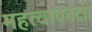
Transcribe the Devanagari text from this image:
महत्वांकाक्षी